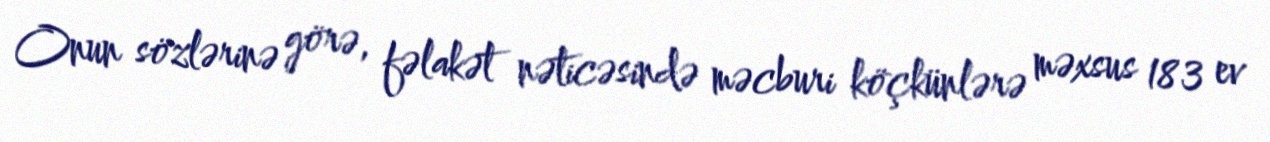
Onun sözlərinə görə, fəlakət nəticəsində məcburi köçkünlərə məxsus 183 ev